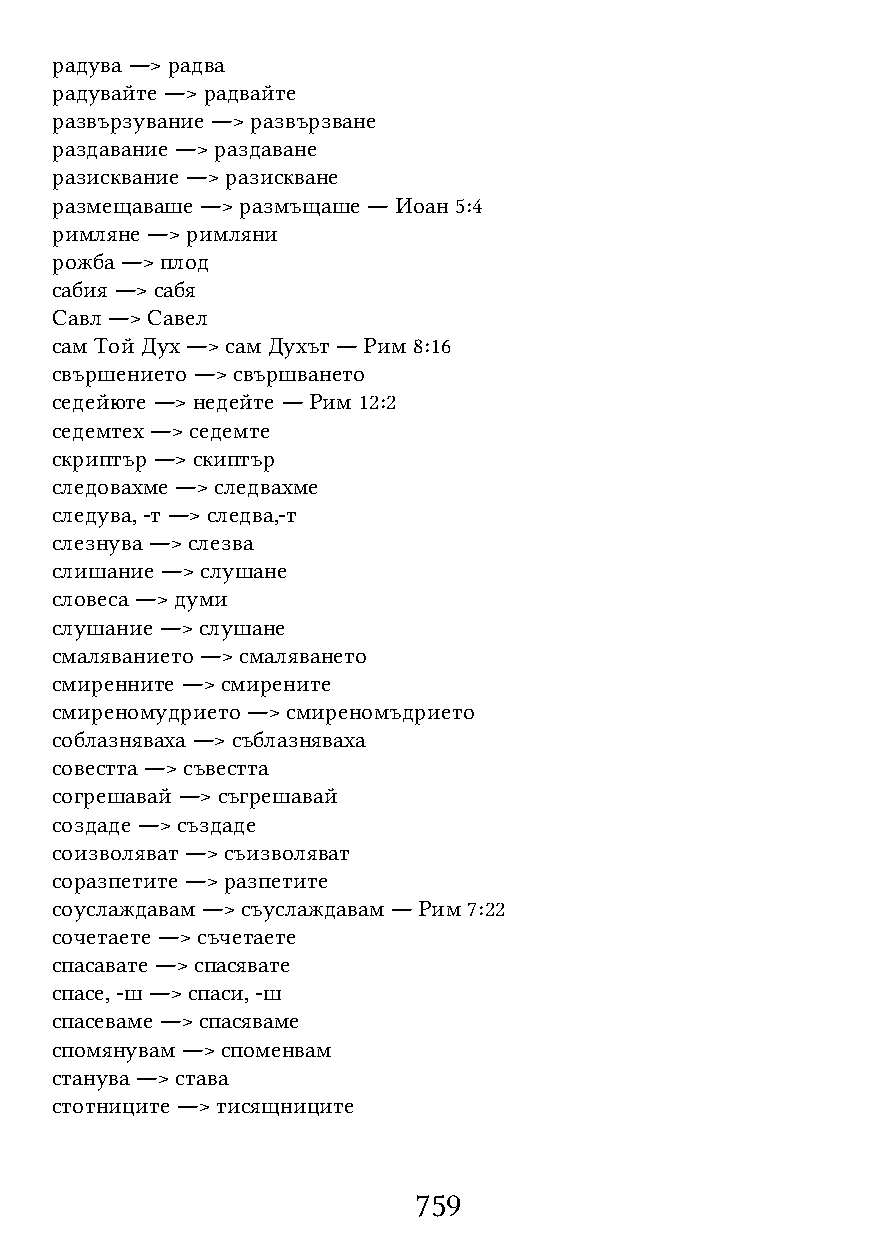
радува ―> радва
 радувайте ―> радвайте
 развързувание ―> развързване
 раздавание ―> раздаване
 разисквание ―> разискване
 размещаваше ―> размъщаше ― Иоан 5:4
 римляне ―> римляни
 рожба ―> плод
 сабия ―> сабя
 Савл ―> Савел
 сам Той Дух ―> сам Духът ― Рим 8:16
 свършението ―> свършването
 седейюте ―> недейте ― Рим 12:2
 седемтех ―> седемте
 скриптър ―> скиптър
 следовахме ―> следвахме
 следува, -т ―> следва,-т
 слезнува ―> слезва
 слишание ―> слушане
 словеса ―> думи
 слушание ―> слушане
 смаляванието ―> смаляването
 смиренните ―> смирените
 смиреномудрието ―> смиреномъдрието
 соблазняваха ―> съблазняваха
 совестта ―> съвестта
 согрешавай ―> съгрешавай
 создаде ―> създаде
 соизволяват ―> съизволяват
 соразпетите ―> разпетите
 соуслаждавам ―> съуслаждавам ― Рим 7:22
 сочетаете ―> съчетаете
 спасавате ―> спасявате
 спасе, -ш ―> спаси, -ш
 спасеваме ―> спасяваме
 спомянувам ―> споменвам
 станува ―> става
 стотниците ―> тисящниците
 759